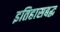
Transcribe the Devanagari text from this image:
इतिहासबद्ध